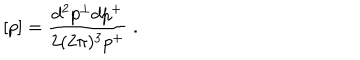
[ p ] = \frac { d ^ { 2 } p ^ { \perp } d p ^ { + } } { 2 ( 2 \pi ) ^ { 3 } p ^ { + } } \; .